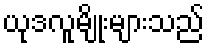
ယုဒလူမျိုးများသည်